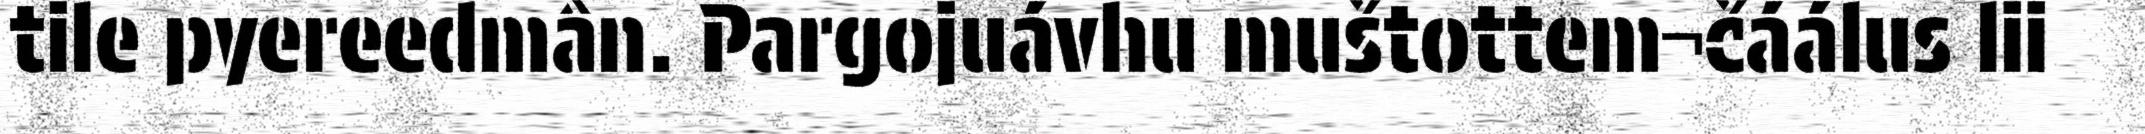
tile pyereedmân. Pargojuávhu muštottem¬čáálus lii